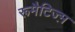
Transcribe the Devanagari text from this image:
रूमैटिज्म़